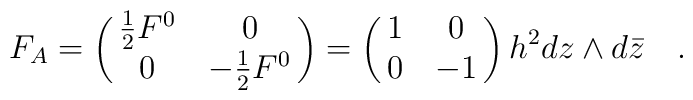
F_A = \pmatrix{{1\over2}F^0&0\cr0&-{1\over2}F^0}=\pmatrix{1&0\cr0&-1}h^2dz\wedge d{\bar z}\quad.